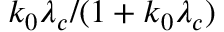
k _ { 0 } \lambda _ { c } / ( 1 + k _ { 0 } \lambda _ { c } )